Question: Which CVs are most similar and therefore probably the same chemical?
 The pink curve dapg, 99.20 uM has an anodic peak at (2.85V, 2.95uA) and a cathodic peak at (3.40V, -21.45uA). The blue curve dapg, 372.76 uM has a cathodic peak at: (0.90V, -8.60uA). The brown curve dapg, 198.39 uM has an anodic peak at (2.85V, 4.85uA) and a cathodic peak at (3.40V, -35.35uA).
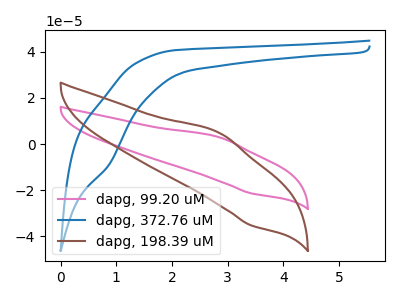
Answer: <think>"dapg, 99.20 uM" and "dapg, 372.76 uM" have a different number of peaks. All the peaks in "dapg, 99.20 uM" have a peak in "dapg, 198.39 uM" at the same potential. Every peak in "dapg, 99.20 uM" is lower than every peak in "dapg, 198.39 uM". "dapg, 372.76 uM" and "dapg, 198.39 uM" have a different number of peaks.
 </think>
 <answer>"dapg, 198.39 uM" and "dapg, 99.20 uM" have the same shape and are likely CV's of the same chemical.</answer>
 <eval>"dapg, 198.39 uM" "dapg, 99.20 uM"</eval>